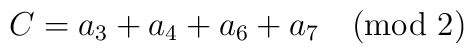
C = a_3 + a_4 + a_6 + a_7 \quad {\rm (mod\ 2)}